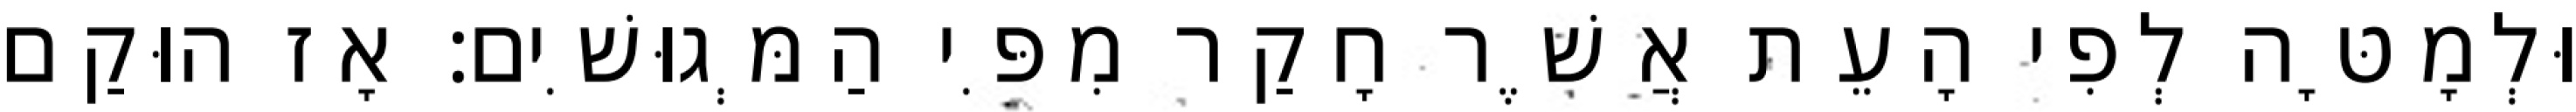
וּלְמָטָּה לְפִי הָעֵת אֲשֶׁר חָקַר מִפִּי הַמְּגוּשִׁים׃ אָז הוּקַם